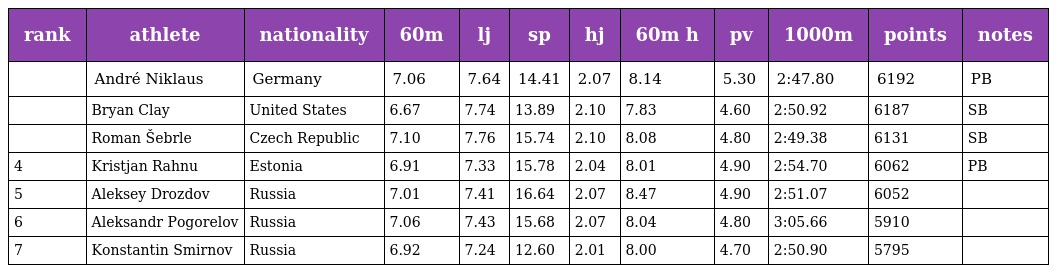
| rank | athlete | nationality | 60m | lj | sp | hj | 60m h | pv | 1000m | points | notes |
 | --- | --- | --- | --- | --- | --- | --- | --- | --- | --- | --- | --- |
 |  | André Niklaus | Germany | 7.06 | 7.64 | 14.41 | 2.07 | 8.14 | 5.30 | 2:47.80 | 6192 | PB |
 |  | Bryan Clay | United States | 6.67 | 7.74 | 13.89 | 2.10 | 7.83 | 4.60 | 2:50.92 | 6187 | SB |
 |  | Roman Šebrle | Czech Republic | 7.10 | 7.76 | 15.74 | 2.10 | 8.08 | 4.80 | 2:49.38 | 6131 | SB |
 | 4 | Kristjan Rahnu | Estonia | 6.91 | 7.33 | 15.78 | 2.04 | 8.01 | 4.90 | 2:54.70 | 6062 | PB |
 | 5 | Aleksey Drozdov | Russia | 7.01 | 7.41 | 16.64 | 2.07 | 8.47 | 4.90 | 2:51.07 | 6052 |  |
 | 6 | Aleksandr Pogorelov | Russia | 7.06 | 7.43 | 15.68 | 2.07 | 8.04 | 4.80 | 3:05.66 | 5910 |  |
 | 7 | Konstantin Smirnov | Russia | 6.92 | 7.24 | 12.60 | 2.01 | 8.00 | 4.70 | 2:50.90 | 5795 |  |